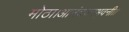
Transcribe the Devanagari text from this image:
मोठा।आनंदवनभुवनी।।